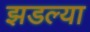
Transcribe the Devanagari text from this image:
झडल्या